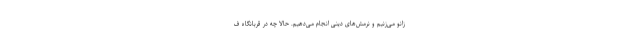
زانو می‌زنیم و نرمش‌های دینی انجام می‌دهیم. حالا چه در قربانگاه ف